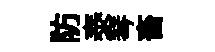
防泰琴畜